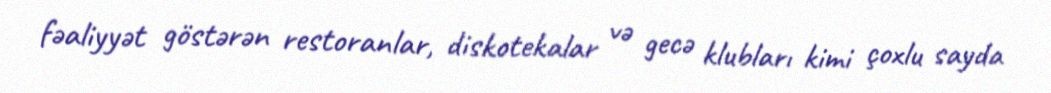
fəaliyyət göstərən restoranlar, diskotekalar və gecə klubları kimi çoxlu sayda